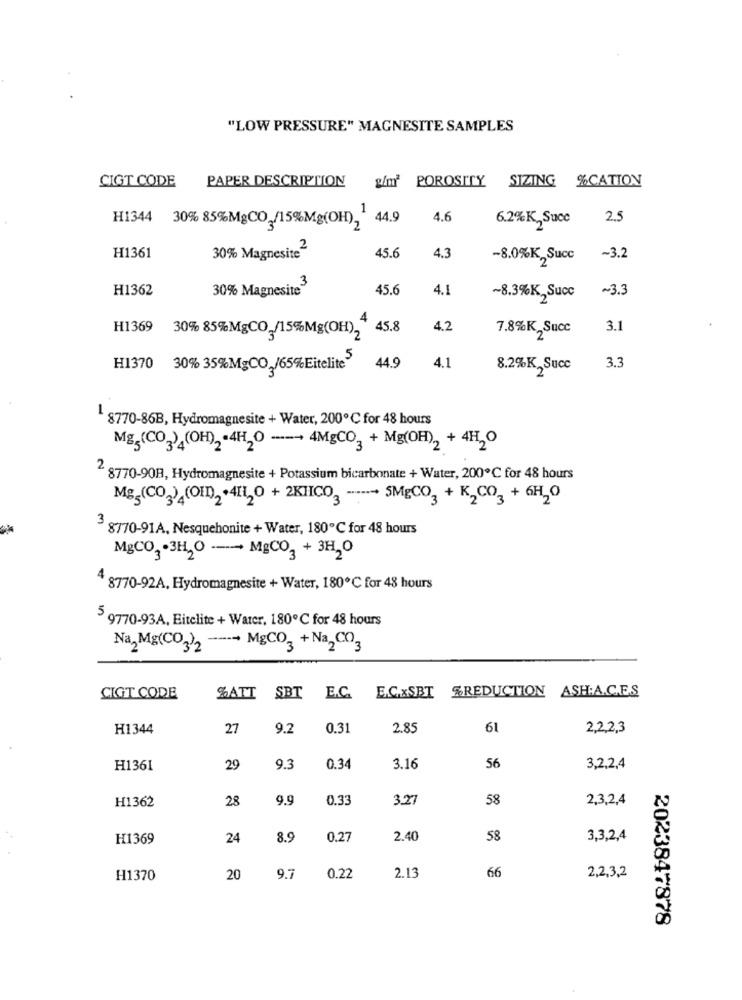
"LOW PRESSURE" MAGNESITE SAMPLES
CIGT CODE
g/m' POROSITY SIZING %CATION
PAPER DESCRIPTION
44.9
4.6
6.2%K,Succ
2.5
H1344 30% 85%MgCO /15%Mg(OH),"
30% Magnesite2
H1361
45.6
4.3
-8.0%K,Succ
~3.2
H1362
30% Magnesite3
45.6
4.1
~3.3
~8.3%K,Succ
4
H1369
30% 85%MgCO /15%Mg(OH)2
45.8
4.2
7.8%K,Succ
3.1
3.3
H1370
30% 35%MgCO /65%Eitelite
44.9
4.1
8.2%K,Succ
8770-86B, Hydromagnesite + Water, 200℃ for 48 hours
Mg.(CO2) (OH), - 4H,O ----- 4MgCO2 + Mg(OH), +4H,O
2 8770-90B, Hydromagnesite + Potassium bicarbonate + Water, 200℃ for 48 hours
Mg5(CO2)¿(OID), +4H,O + 2KIICO2 ----- 5MgCO3 + K2CO3 +6H20
3 8770-91A, Nesquehonite + Water, 180℃ for 48 hours
MgCO, . 3H,O ---- MgCO2 + 3H,0
8770-92A, Hydromagnesite + Water, 180℃ for 48 hours
5 9770-93A, Eitelite + Water, 180℃ for 48 hours
Na2Mg(CO3)2 ---- MgCO3 + Na2CO3
E.C.xSBT %REDUCTION ASH:A.C.E.S
CIGT CODE
%ATT SBT E.C.
H1344
27
9.2
0.31
28
61
2,2,2,3
H1361
29
9.3
0.34
3.16
56
3,2,2,4
H1362
28
9.5
0.33
3.27
58
2,3,2,4
H1369
24
8.9
0.27
2.40
58
3,3,2,4
66
2,2,3,2
H1370
20
9.7
0.22
2.13
2023847878